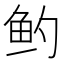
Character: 𬶄